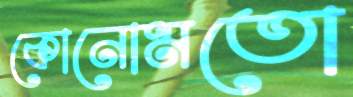
কোনোমতো